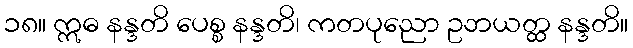
၁၈။ ဣဓ နန္ဒတိ ပေစ္စ နန္ဒတိ၊ ကတပုညော ဥဘယတ္ထ နန္ဒတိ။